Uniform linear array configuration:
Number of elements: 8
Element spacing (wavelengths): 0.75
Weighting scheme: hann
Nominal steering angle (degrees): -45
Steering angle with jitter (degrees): -44.167
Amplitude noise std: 0.05
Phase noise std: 0.05

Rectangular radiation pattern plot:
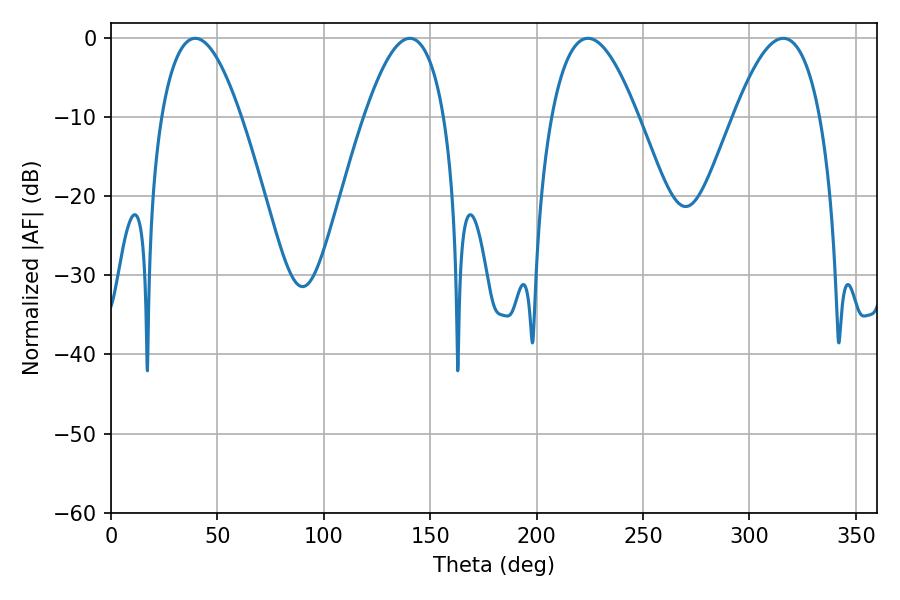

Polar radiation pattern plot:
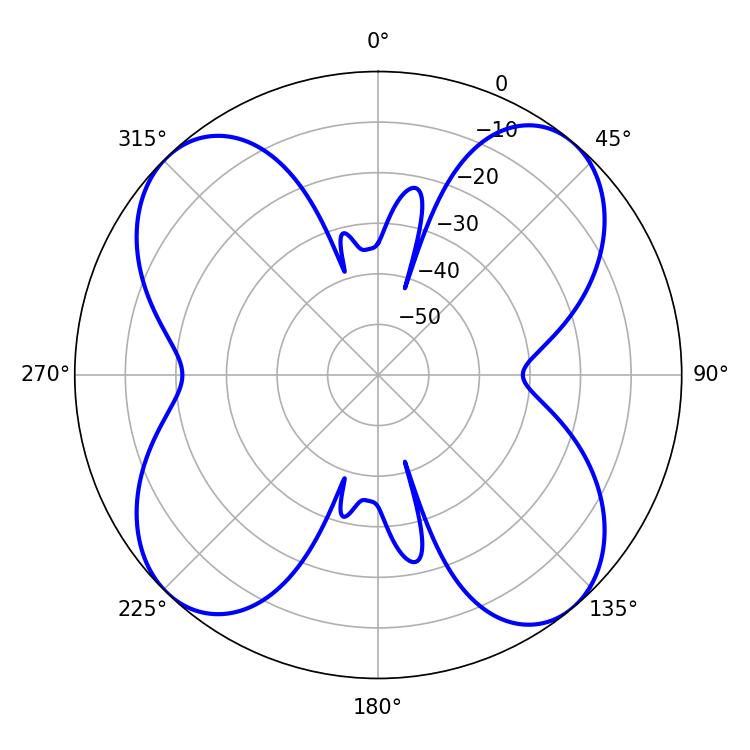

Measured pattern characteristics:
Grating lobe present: TRUE
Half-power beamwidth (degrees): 22.14
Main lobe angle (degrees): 224.1